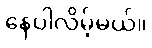
နေပါလိမ့်မယ်။